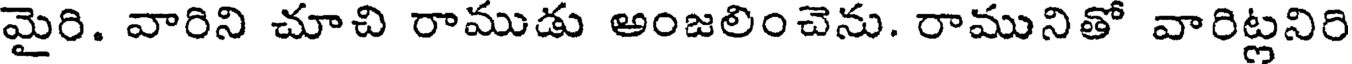
మైరి. వారిని చూచి రాముడు అంజలించెను. రామునితో వారిట్లనిరి